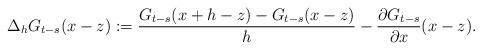
LaTeX: \begin{align*} \Delta_h G_{t-s}(x-z) := \frac{G_{t-s}(x+h-z)-G_{t-s}(x-z)}{h}-\frac{\partial G_{t-s}}{\partial x}(x-z). \end{align*}